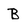
Character: B